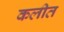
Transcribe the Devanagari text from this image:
कलीत